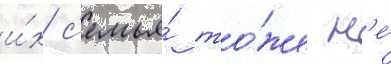
и́х с'емья́ то́же н'е́